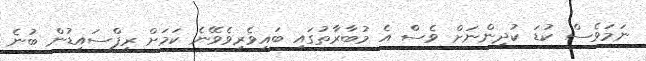
ނަމަވެސް ކުޑަ ކުދިންނަށް ވެސް އެ މުބާރާތުގައި ބައިވެރިވެވޭނެ ކަމަށް ރީފްސައިޑުން ބުނެ